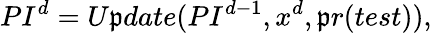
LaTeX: PI_{}^{d}=U\mathfrak{p}date(PI_{}^{d-1},x_{}^{d},\mathfrak{p}r(test)),